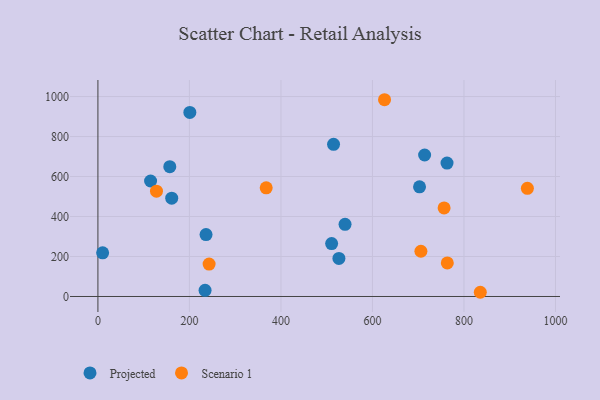
{"axis": {"x": "Distance", "y": "Rating"}, "legend": ["Projected", "Scenario 1"], "data": [{"x": "234.2", "y": 31.1, "type": "Projected"}, {"x": "236.3", "y": 309.8, "type": "Projected"}, {"x": "200.9", "y": 920.7, "type": "Projected"}, {"x": "515.0", "y": 760.8, "type": "Projected"}, {"x": "10.3", "y": 218.6, "type": "Projected"}, {"x": "157.1", "y": 649.2, "type": "Projected"}, {"x": "540.1", "y": 360.8, "type": "Projected"}, {"x": "714.0", "y": 707.7, "type": "Projected"}, {"x": "115.1", "y": 577.6, "type": "Projected"}, {"x": "702.9", "y": 548.6, "type": "Projected"}, {"x": "510.8", "y": 264.4, "type": "Projected"}, {"x": "763.0", "y": 667.0, "type": "Projected"}, {"x": "161.3", "y": 491.5, "type": "Projected"}, {"x": "526.7", "y": 190.6, "type": "Projected"}, {"x": "835.7", "y": 21.1, "type": "Scenario 1"}, {"x": "705.9", "y": 226.3, "type": "Scenario 1"}, {"x": "128.0", "y": 526.6, "type": "Scenario 1"}, {"x": "626.4", "y": 984.0, "type": "Scenario 1"}, {"x": "243.0", "y": 162.3, "type": "Scenario 1"}, {"x": "938.6", "y": 540.9, "type": "Scenario 1"}, {"x": "367.8", "y": 543.3, "type": "Scenario 1"}, {"x": "763.6", "y": 167.8, "type": "Scenario 1"}, {"x": "756.6", "y": 442.9, "type": "Scenario 1"}]}